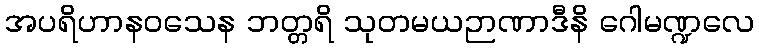
အပရိဟာနဝသေန ဘတ္တရိ သုတမယဉာဏာဒီနိ ဂေါမဏ္ဍလေ